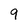
Character: 9